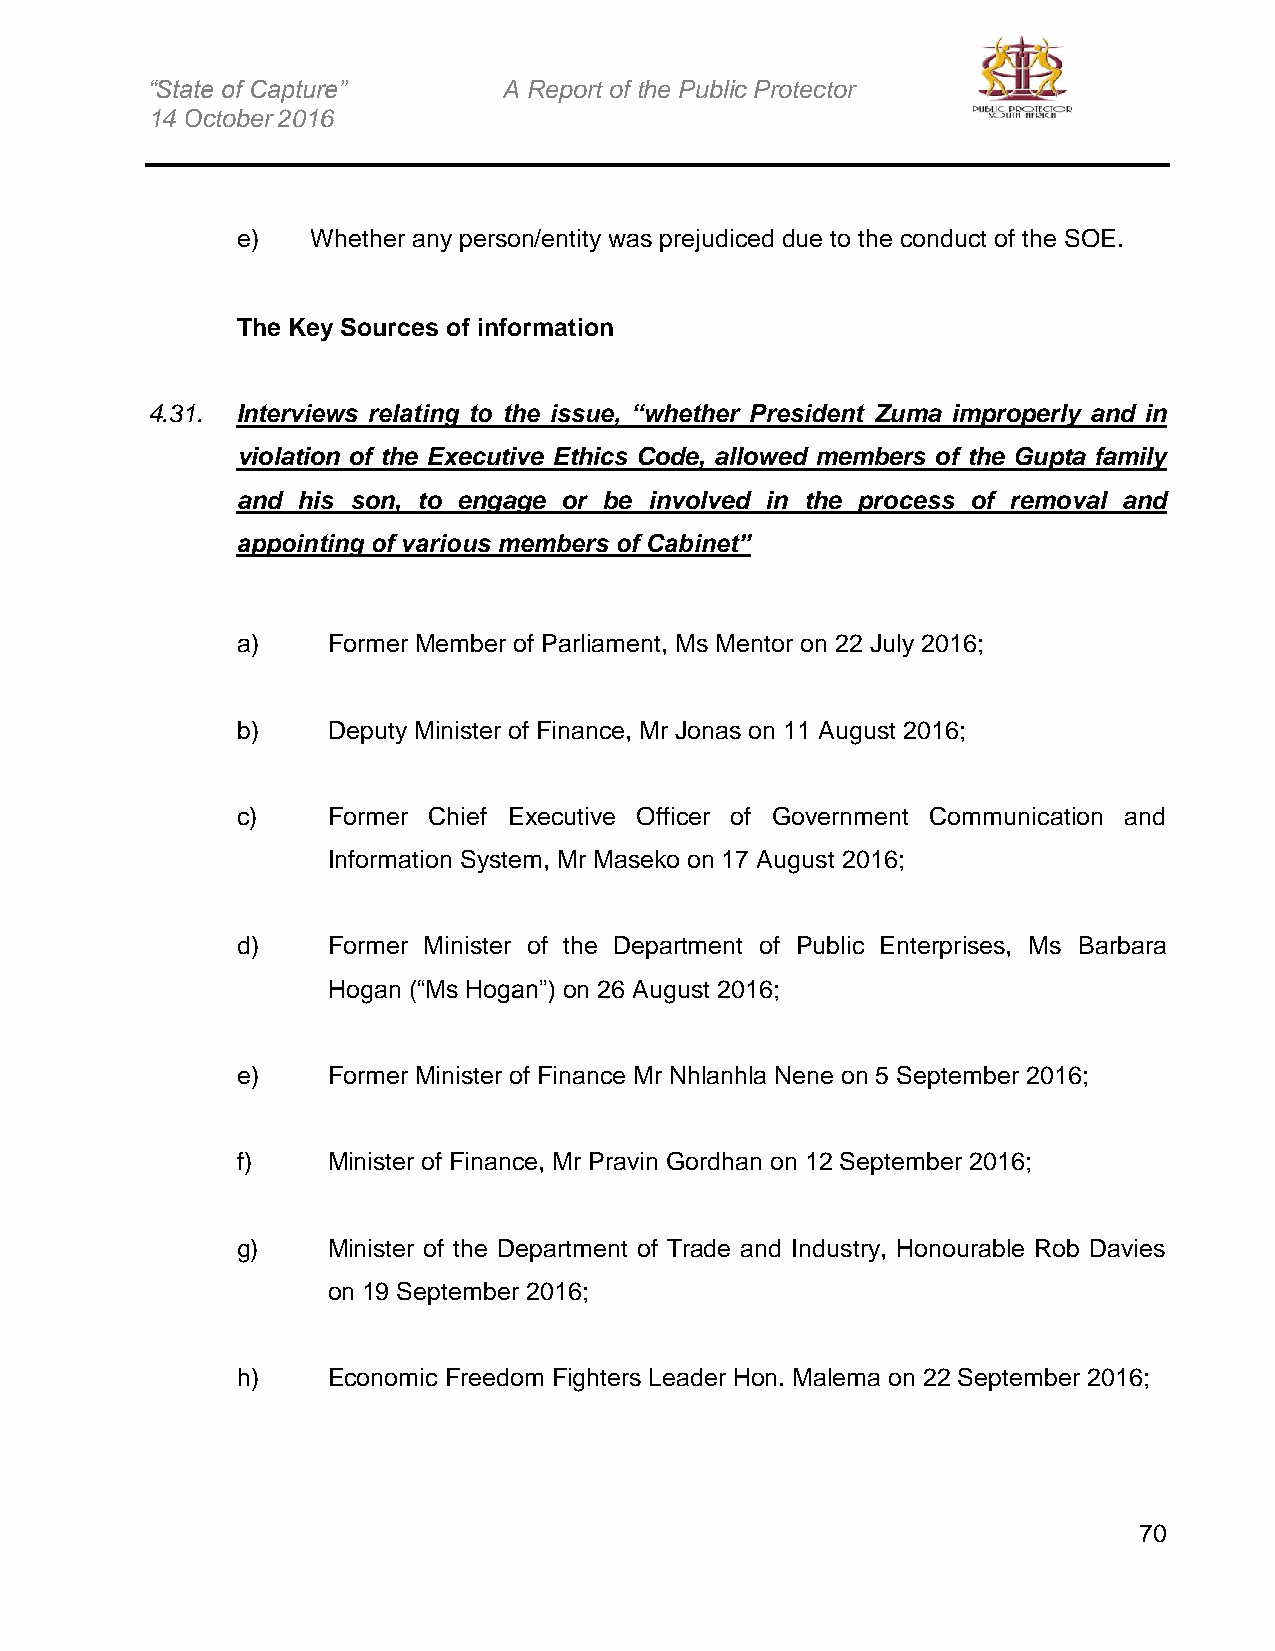
“State of Capture”     A Report of the Public Protector
 14 October 2016
 e)   Whether any person/entity was prejudiced due to the conduct of the SOE.
 The Key Sources of information
 4.31. Interviews relating to the issue, “whether President Zuma improperly and in
 violation of the Executive Ethics Code, allowed members of the Gupta family
 and his son, to engage or be involved in the process of removal and
 appointing of various members of Cabinet”
 a)    Former Member of Parliament, Ms Mentor on 22 July 2016;
 b)    Deputy Minister of Finance, Mr Jonas on 11 August 2016;
 c)    Former Chief Executive Officer of Government Communication and
 Information System, Mr Maseko on 17 August 2016;
 d)    Former Minister of the Department of Public Enterprises, Ms Barbara
 Hogan (“Ms Hogan”) on 26 August 2016;
 e)    Former Minister of Finance Mr Nhlanhla Nene on 5 September 2016;
 f)    Minister of Finance, Mr Pravin Gordhan on 12 September 2016;
 g)    Minister of the Department of Trade and Industry, Honourable Rob Davies
 on 19 September 2016;
 h)    Economic Freedom Fighters Leader Hon. Malema on 22 September 2016;
 70